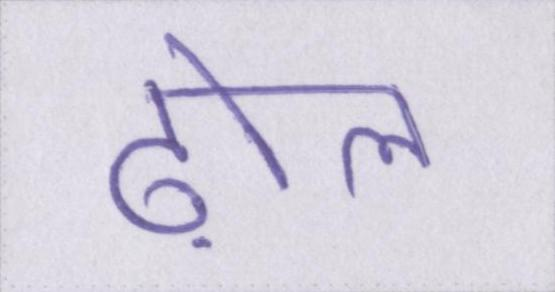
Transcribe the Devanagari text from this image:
ढ़ोल